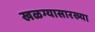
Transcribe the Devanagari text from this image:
खळग्यासारख्या